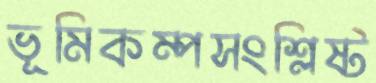
ভূমিকম্পসংশ্লিষ্ট